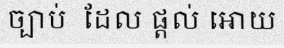
ច្បាប់  ដែល ផ្តល់ អោយ